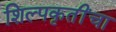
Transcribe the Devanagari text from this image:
शिल्पकृतींचा